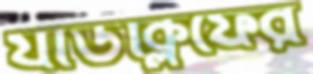
র‍্যাডক্লিফের